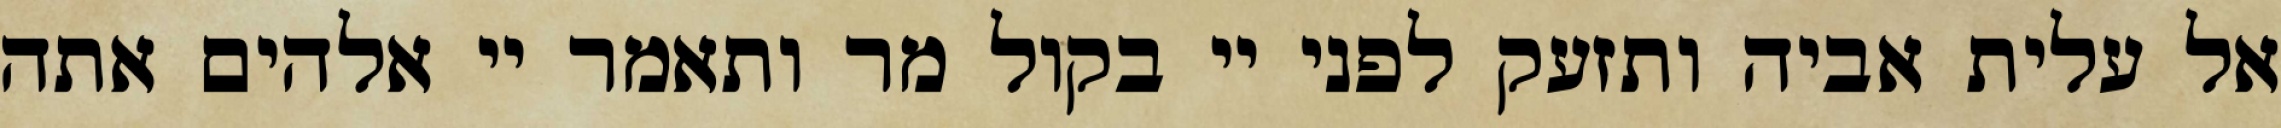
אל עלית אביה ותזעק לפני יי בקול מר ותאמר יי אלהים אתה